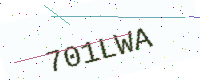
Text: 701LWA